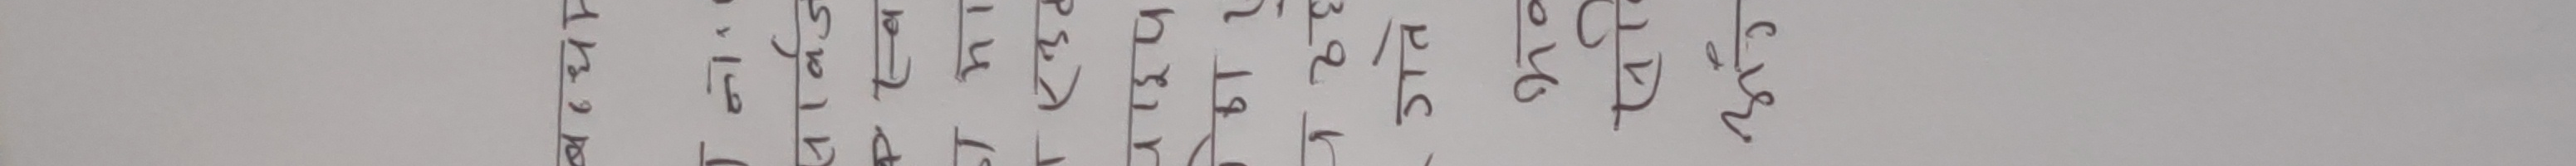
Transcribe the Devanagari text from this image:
हरि ॐ तत्सत्